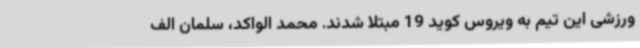
ورزشی این تیم به ویروس کوید 19 مبتلا شدند. محمد الواکد، سلمان الف